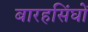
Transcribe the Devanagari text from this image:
बारहसिंघों